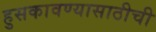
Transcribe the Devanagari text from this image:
हुसकावण्यासाठीची